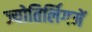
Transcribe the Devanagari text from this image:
ज्योतिर्लिगमें